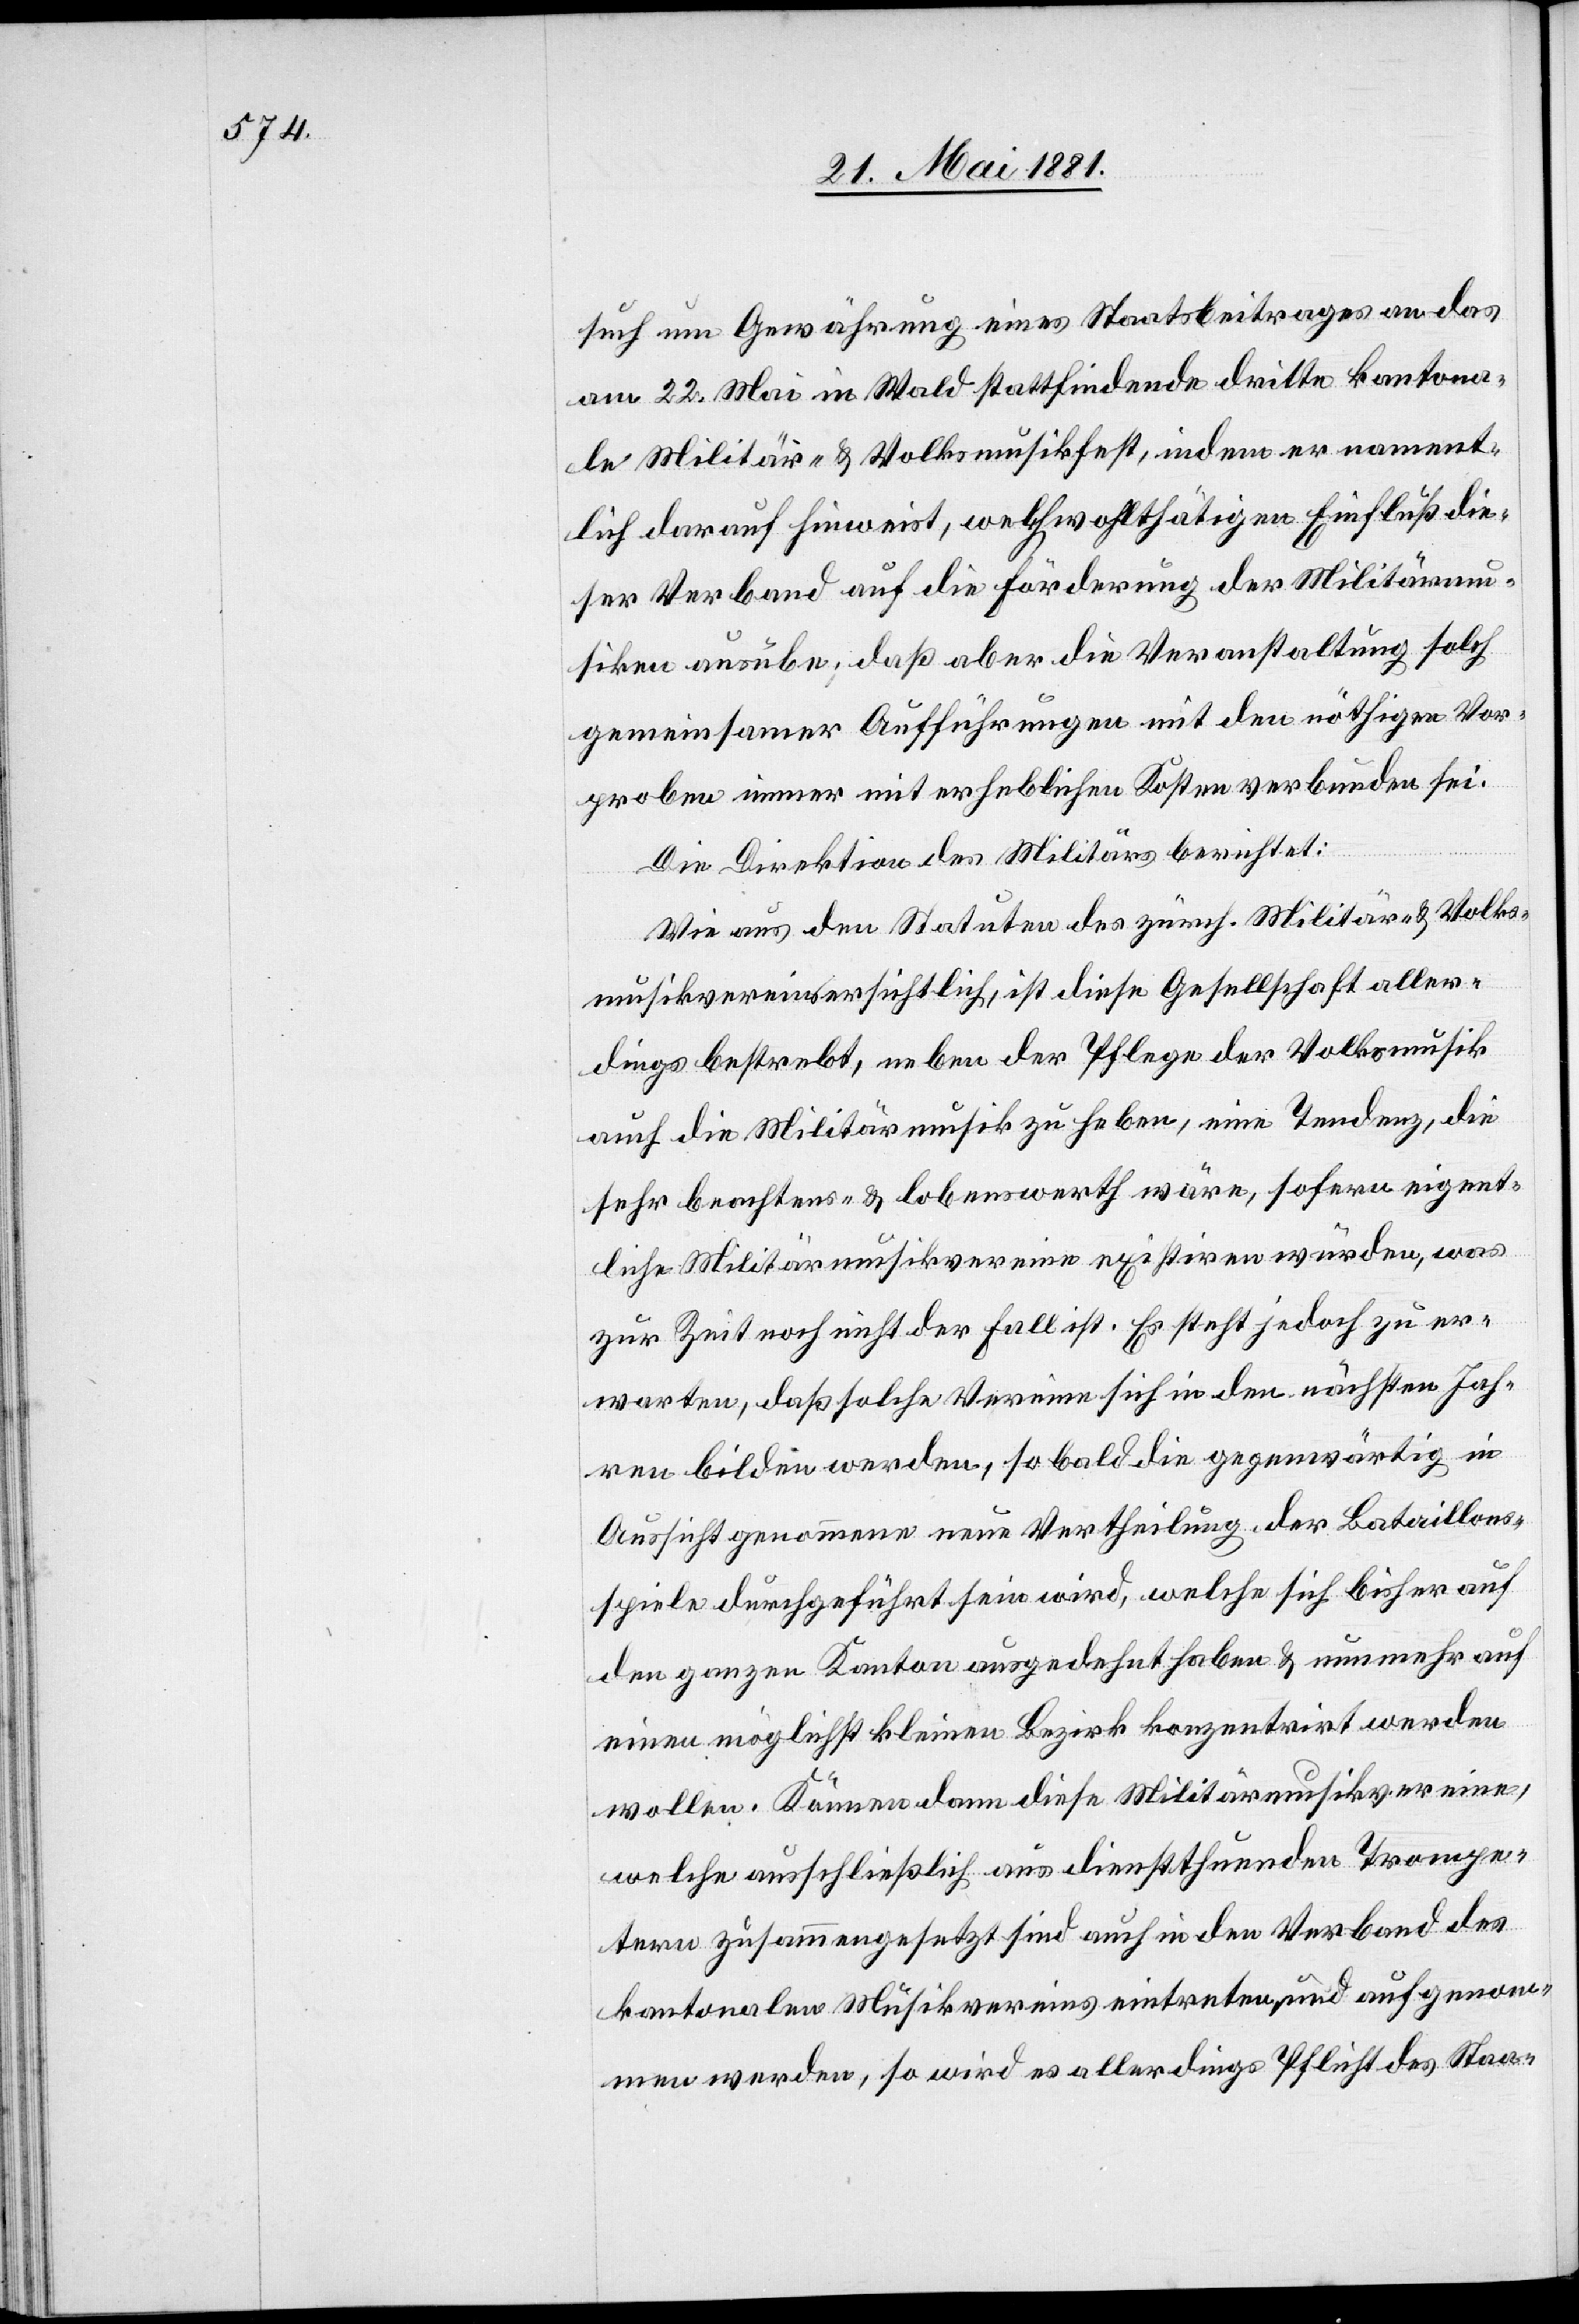
warten,

such um Gewährung eines Staatsbeitrages an das
am 22. Mai in Wald stattfindende dritte kantona¬
le Militär- & Volksmusikfest, indem er nament¬
lich darauf hinweist, welch wohltätigen Einfluß die¬
ser Verband auf die Förderung der Militärmu¬
sikanten ausüben, daß aber die Veranstaltung solch
gemeinsamer Aufführungen mit den nöthigen Vor¬
proben immer mit erheblichen Kosten verbunden sei.
Die Direktion des Militärs berichtet:
Wie aus den Statuten des zürch. Militär- & Volks¬
musikvereins ersichtlich, ist diese Gesellschaft aller¬
dings bestrebt, neben der Pflege der Volksmusik
auch die Militärmusik zu heben, eine Tendenz, die
sehr beachtens- & lobenswerth wäre, sofern eigent¬
liche Militärmusikvereine existiren würden, was
zur Zeit noch nicht der Fall ist. Es steht jedoch zu er¬
Jahren bilden werden, sobald die gegenwärtig in
Aussicht genommene neue Vertheilung der Bataillons¬
spiele durchgeführt sein wird, welche sich bisher auf
den ganzen Kanton ausgedehnt haben & nunmer auf
einen möglichst kleinen Bezirk konzentriert werden
wollen. Können dann diese Militärmusikvereine,
welche ausschließlich aus dienstthuenden Trompe¬
tern zusammengesetzt sind auch in den Verband des
kantonalen Musikvereins eintreten und aufgenom¬
men werden, so wird es allerdings Pflicht des Staa-